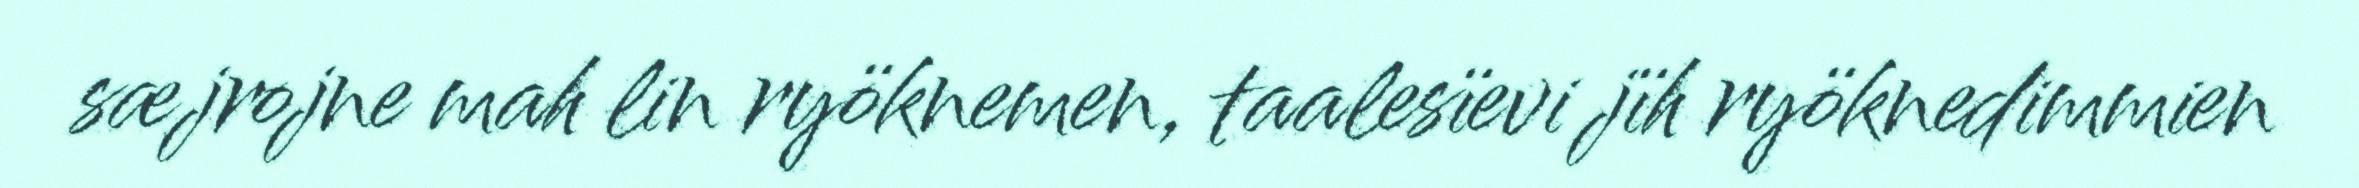
sæjrojne mah lin ryöknemen, taalesïevi jïh ryöknedimmien